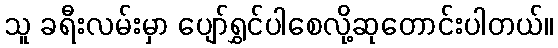
သူ ခရီးလမ်းမှာ ပျော်ရွှင်ပါစေလို့ဆုတောင်းပါတယ်။